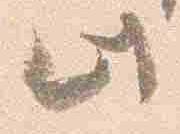
此